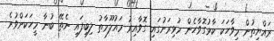
ރައްޔިތުން މިވާހަކަ ކާޅުގޮވާހެން މުޅިިރަށުގައި ގޮވާއިރު މައުލޫމާތު ލިބިފައި ނެތޭ ބުނާ މީހަކަށްވުރެ